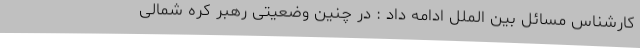
کارشناس مسائل بین الملل ادامه داد : در چنین وضعیتی رهبر کره شمالی